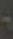
-